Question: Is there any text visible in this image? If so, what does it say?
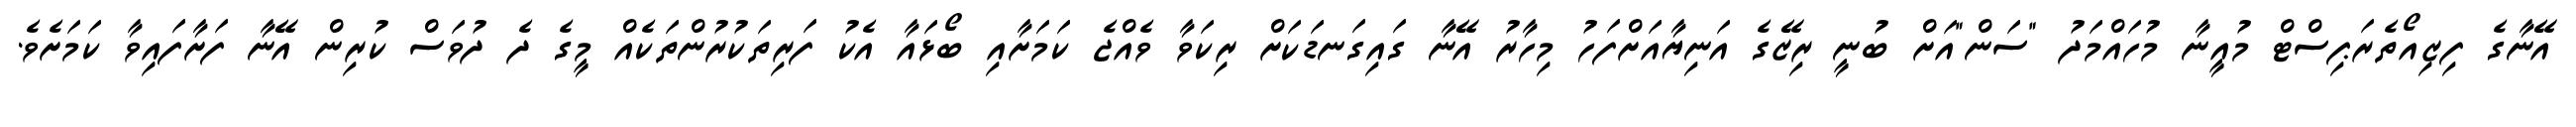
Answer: އޭނާގެ ފިޒިއޯތެރަޕިސްޓް މުއީނާ މުހައްމަދު "ސަން"އަށް ބުނީ ރިޒޭގެ އަނިޔާއަށްފަހު މިހާރު އޭނާ ގައިގަނޑަކަށް ރިކަވާ ވެއްޖެ ކަމަށާއި ބޯޅައާ އެކު ފަރިތަކުރުންތަކެއް މީގެ ދެ ދުވަސް ކުރިން އޭނާ ފަށާފައިވާ ކަމަށެވެ.